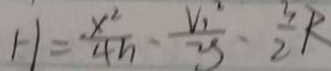
H = \frac { x ^ { 2 } } { 4 h } - \frac { V _ { 1 } ^ { 2 } } { y } - \frac { 3 } { 2 } R